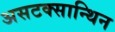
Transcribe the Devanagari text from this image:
असटक्सान्थिन